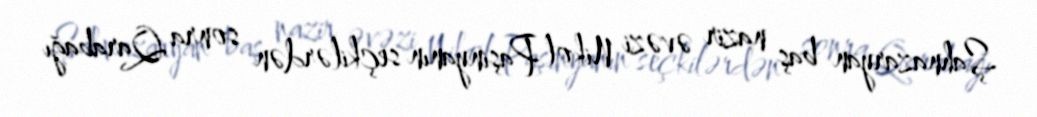
Şahnazaryan baş nazir əvəzi Nikol Paşinyanın seçkilərdən sonra Qarabağı